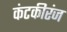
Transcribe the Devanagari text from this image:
कंटकीरंज